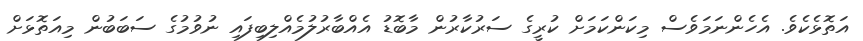
އަތޮޅެކެވެ. އެހެންނަމަވެސް މިކަންކަމަށް ކުރީގެ ސަރުކާރުން މާބޮޑު އެއްބާރުލުމެއްލިބިފައި ނުވުމުގެ ސަބަބުން މިއަތޮޅަށް